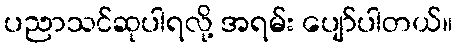
ပညာသင်ဆုပါရလို့ အရမ်း ပျော်ပါတယ်။